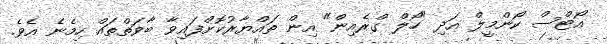
އޯޓްސް ކޯންމީލް އަދި "ހޯލް ގްރެއިން" އިން ތައްޔާރުކޮށްފައިވާ ބާވަތްތައް ހިމެނެ އެވެ.